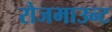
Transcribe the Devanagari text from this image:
रोजमाउन्ट